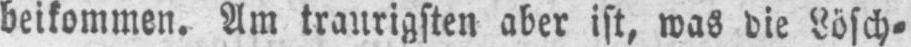
beikommen. Am traurigsten aber ist, was die Lösch⸗